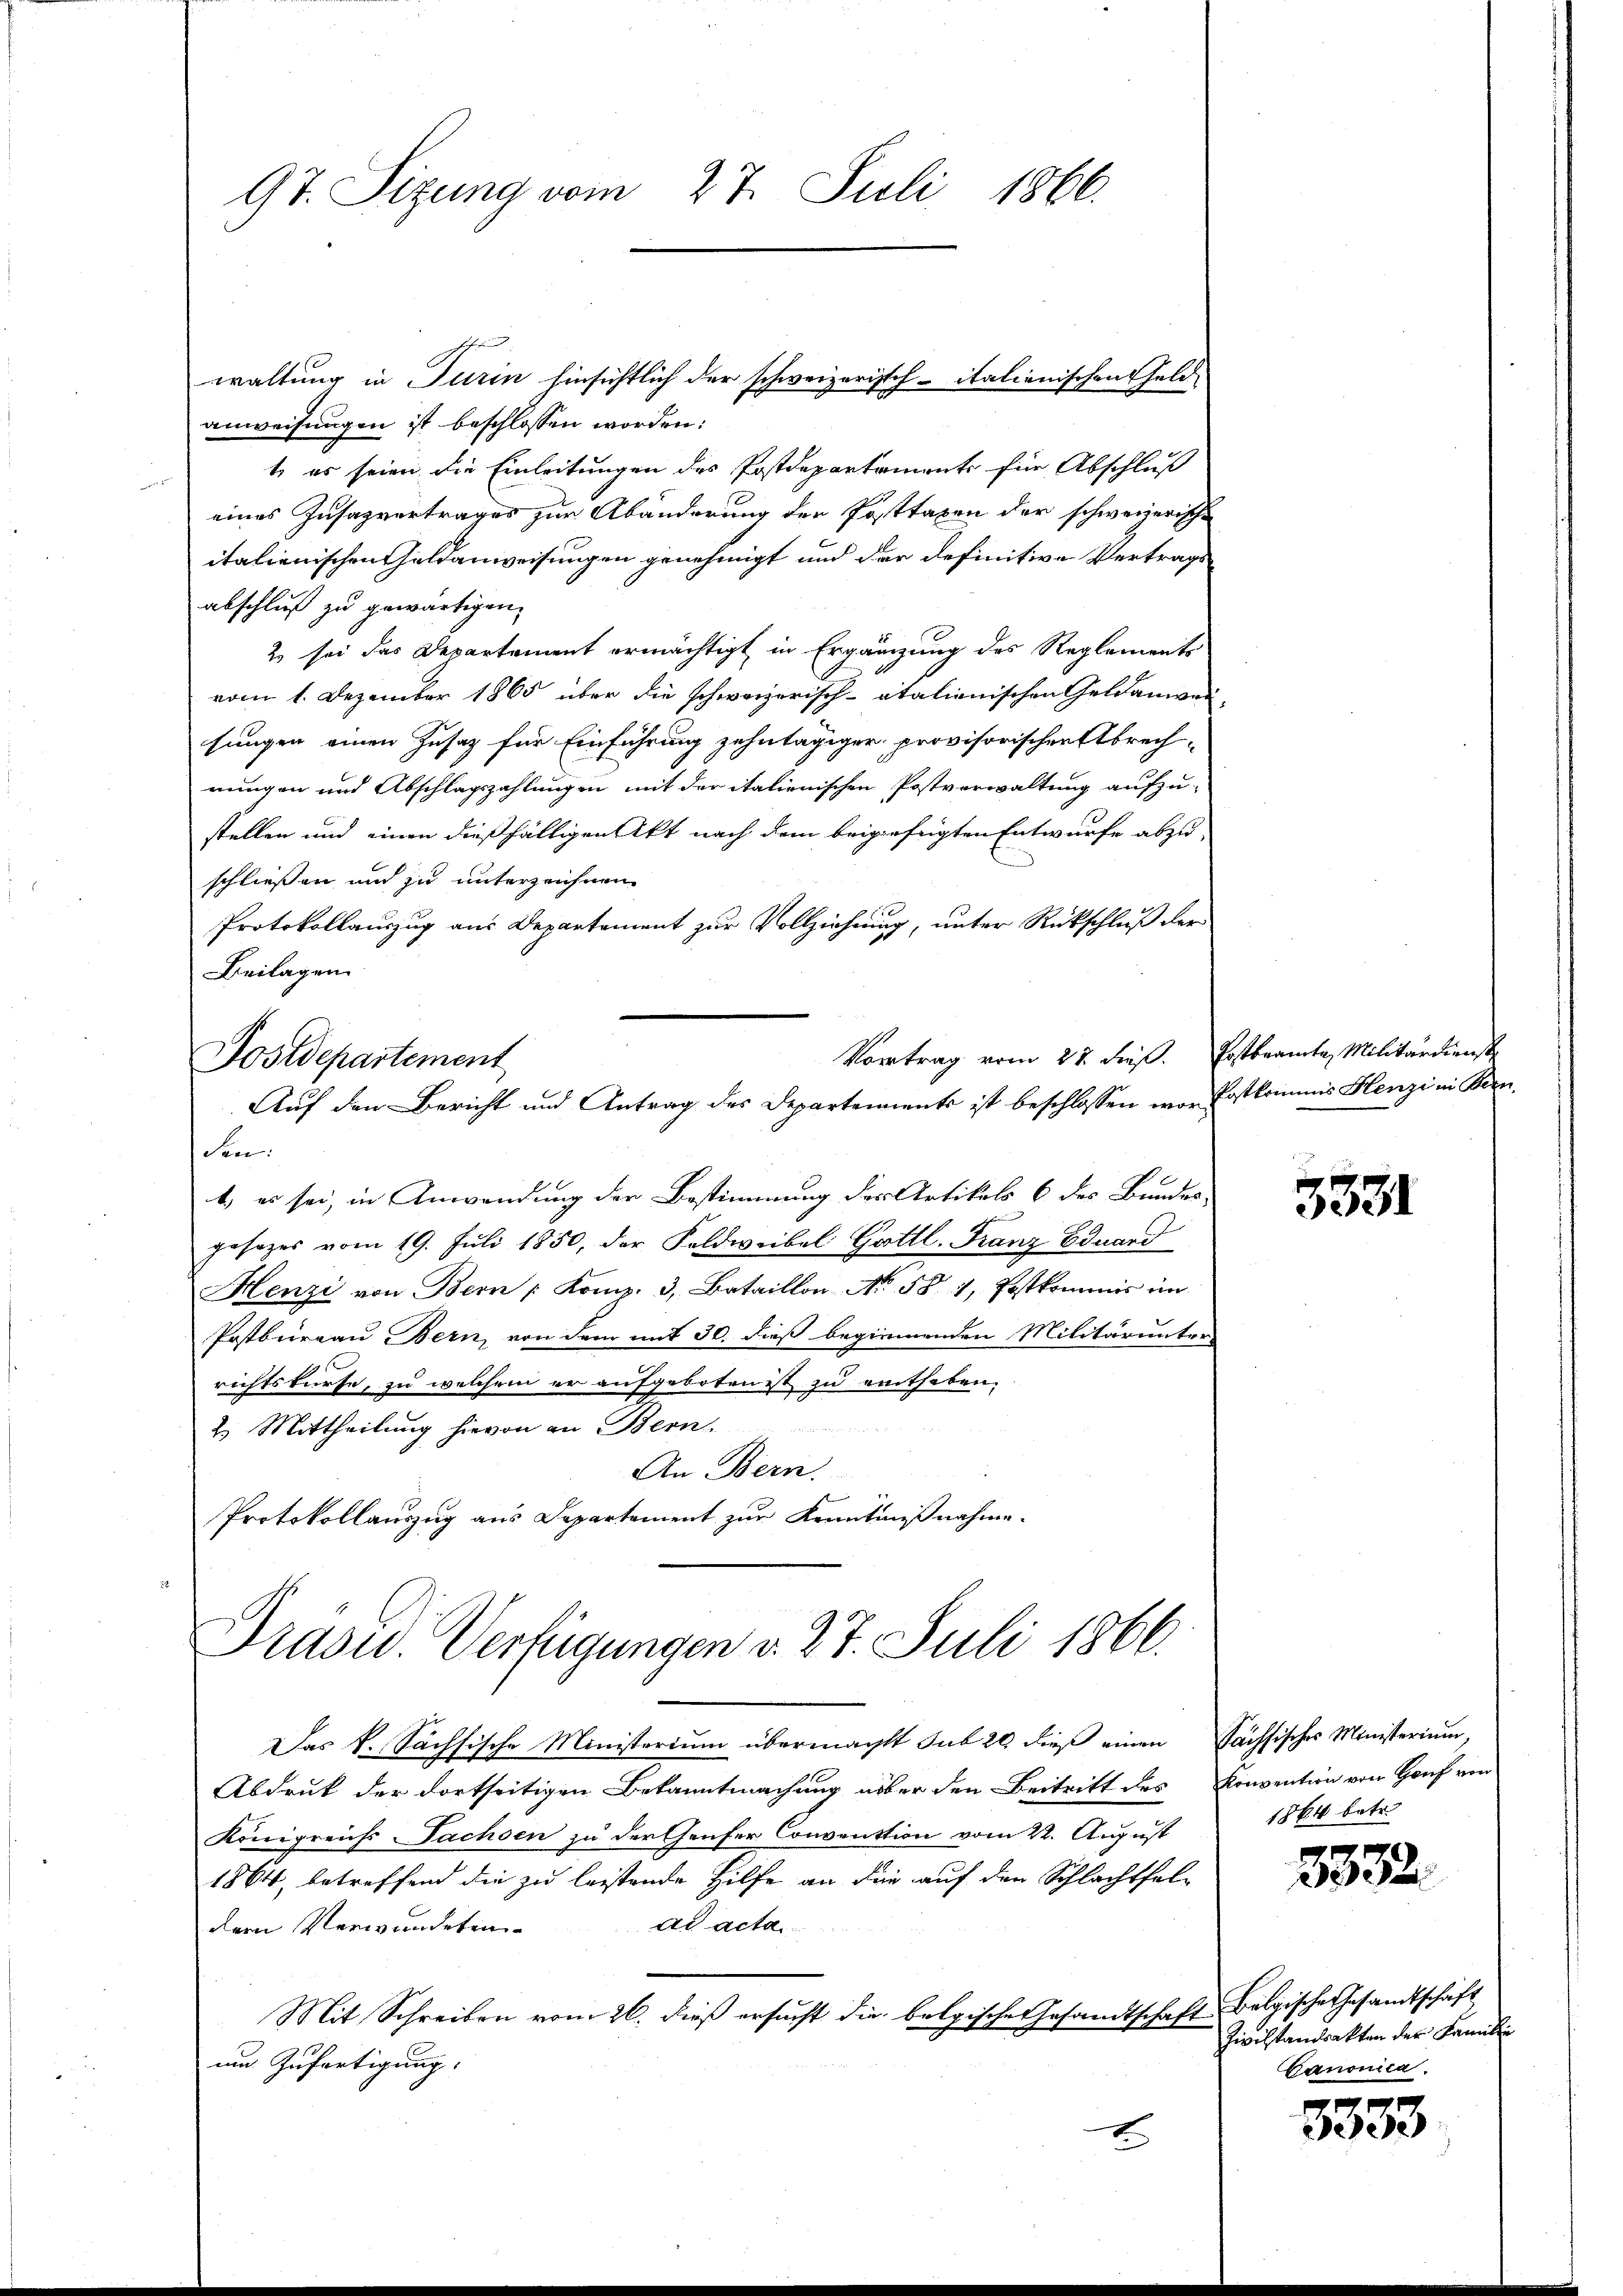
97. Sizung vom 27. Juli 1866.

waltung in Turin hinsichtlich der schweizerisch-italienischen Geld-
anweisungen ist beschlossen worden:
t, es seien die Einleitungen des Postdepartaments für Abschluß
eines Insazvertrages zur Abänderung der Posttaxen der schweizerische
italienischen Geldanweisungen genehmigt und der definitive Vertragsabschluß zu gewärtigen.
2 sei das Departement ermächtigt in Ergänzung des Reglements
vom 1. Dezember 1865 über die schweizerisch-otalienischen Geldanwen
sungen einen Zusatz für Einführung zehntägiger, provisorischen Abrech-
nungen und Abschlagszahlungen mit der italienischen Postverwaltung aufzu-
stellen und einen dießfälligen Akt nach dem beigefügten Entwurfe abzu-
schließen und zu unterzeichnen
Protokollauszug aus Departement zur Vollziehung, unter Rückschluß der
Beilagen.
Vortrag vom 22. dieß. Postbeamte Militärdienste
Postdepartement
Auf den Bericht und Antrag des Departements ist beschlossen war Postkommis Henzi in Kornden:
t, es sei, in Anwendung der Bestimmung der Artikels 6 des Bundes-
gesezes vom 19. Juli 1850, der Feldweibel Gottl. Franz Eduard
Henzi von Bern / Komp. 3, Bataillon No. 58. 1, Postkommis im
Postbureau Bern, von dem mit 30. dieß beginnenden Militär unter-
richtskurse, zu welchem er aufgeboten ist zu enthaben.
2. Mittheilung hievon an Bern.
An Bern.
Protokollauszug aus Departement zur Kenntnißnahme.

Drasu. Verfügungen d. 27. Juli 1866.

Das k. Sächsische Ministerium übermacht sub 20 dieß einen Sächsisches Ministerium,
Abdruk der dortseitigen Bekanntmachung über den Beitritt des Konvention von Genf von
Königreichs Sachsen zu der Genfer Convention vom 22. August
1864, betreffend die zu leistende Hilfe an die auf den Schlachtfel-
ad acta
dern Verwundeten
Mit Schreiben vom 26. dieß ersucht die belgisches Gesandtschaft Belgische Gesandtschäft
um Zufertigung.
t

3381

1864 betr.

3532

Zivilstandsakten der Familie
Ganonica.

3333